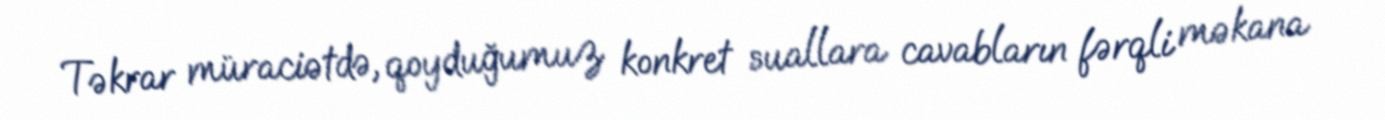
Təkrar müraciətdə, qoyduğumuz konkret suallara cavabların fərqli məkana